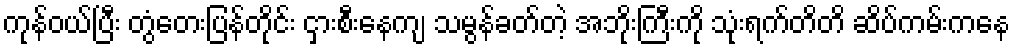
ကုန်ဝယ်ပြီး တွံတေးပြန်တိုင်း ငှားစီးနေကျ သမွန်ခတ်တဲ့ အဘိုးကြီးကို သုံးရက်တိတိ ဆိပ်ကမ်းကနေ